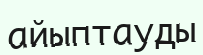
айыптауды